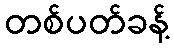
တစ်ပတ်ခန့်